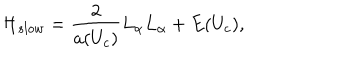
{ \cal H } _ { s l o w } = \frac { 2 } { a ( U _ { c } ) } L _ { \alpha } L _ { \alpha } + E ( U _ { c } ) ,